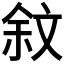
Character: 𣁏